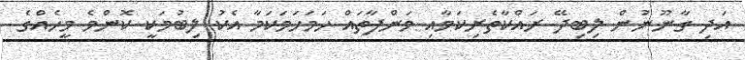
އަދި ގާނޫނުން ލިބިދޭ ރައްކާތެރިކަމާއި މަންފާތައް ހަމަހަމަކަމާ އެކު ލިބުމަކީ ކޮންމެ މީހެއްގެ